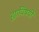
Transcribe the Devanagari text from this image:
ह्याविषयीं